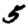
Digit: 5